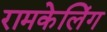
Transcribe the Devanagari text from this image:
रामकेलिंग